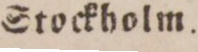
Stockholm.